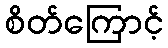
စိတ်ကြောင့်